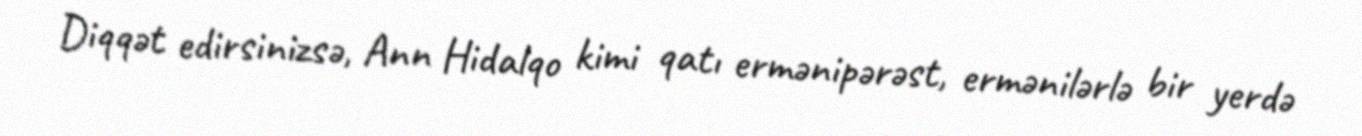
Diqqət edirsinizsə, Ann Hidalqo kimi qatı ermənipərəst, ermənilərlə bir yerdə